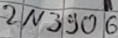
Text: 2N3906